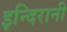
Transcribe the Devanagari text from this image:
इन्दिरानी